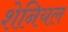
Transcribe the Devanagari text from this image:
शेनियल